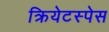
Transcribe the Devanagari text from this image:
क्रियेटस्पेस